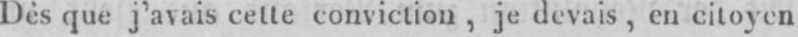
Dès que j’avais cette conviction, je devais, en citoyen